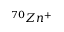
^ { 7 0 } Z n ^ { + }